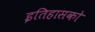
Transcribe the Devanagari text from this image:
इतिहासको